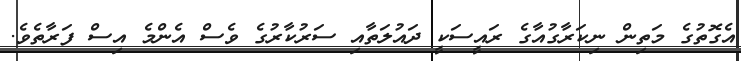
އެގޮތުގެ މަތިން ނިކަރާގުއާގެ ރައީސަކީ ދައުލަތާއި ސަރުކާރުގެ ވެސް އެންމެ އިސް ފަރާތެވެ.